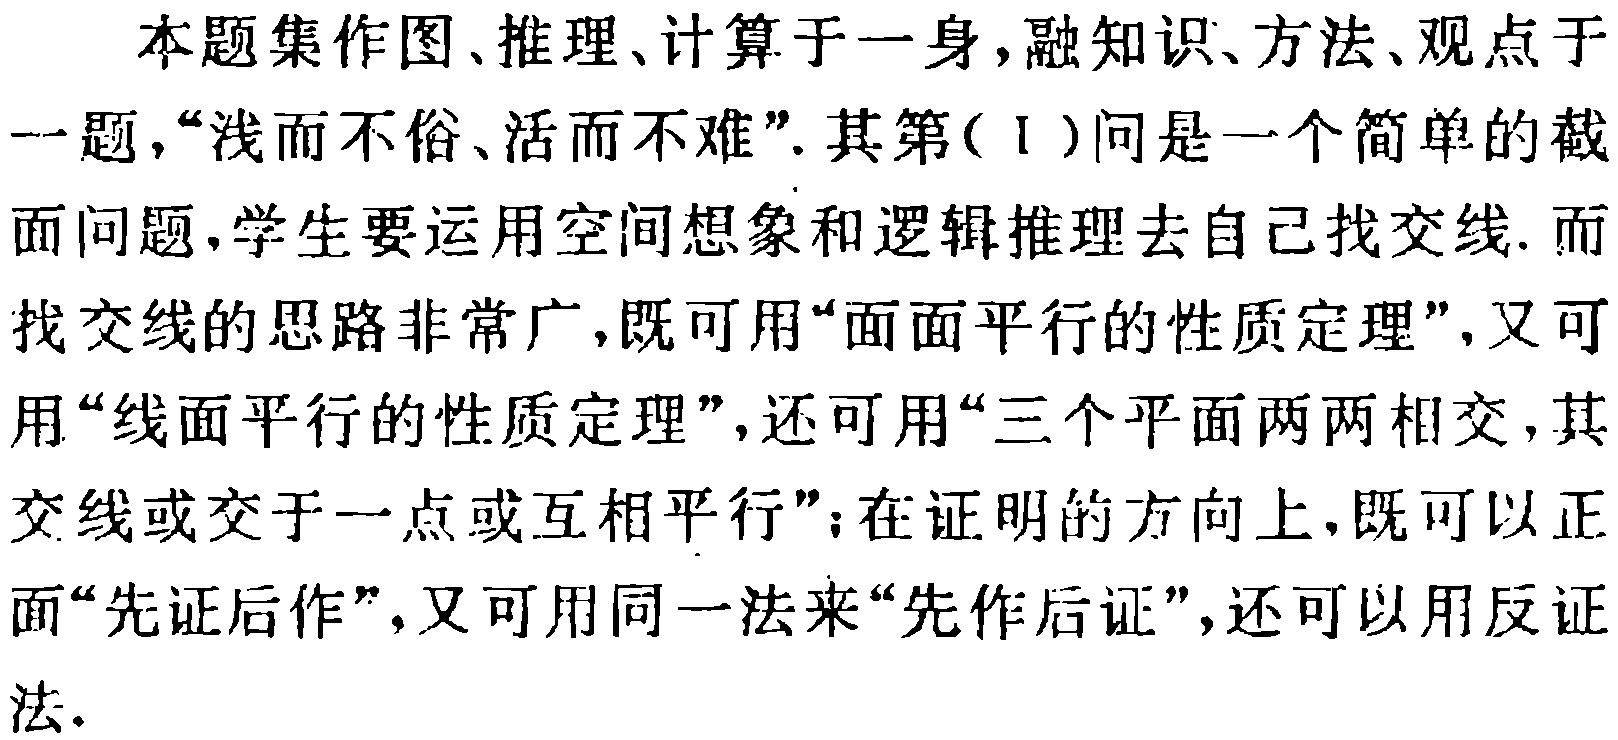
本题集作图、推理、计算于一身，融知识、方法、观点于一题，“浅而不俗、活而不难”. 其第(Ⅰ)问是一个简单的截面问题，学生要运用空间想象和逻辑推理去自己找交线. 而找交线的思路非常广，既可用“面面平行的性质定理”，又可用“线面平行的性质定理”，还可用“三个平面两两相交，其交线或交于一点或互相平行”；在证明的方向上，既可以正面“先证后作”，又可用同一法来“先作后证”，还可以用反证法.